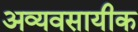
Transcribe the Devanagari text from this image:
अव्यवसायीक